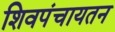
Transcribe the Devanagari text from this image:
शिवपंचायतन